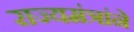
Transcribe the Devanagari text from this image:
राज्यमंत्रांने